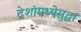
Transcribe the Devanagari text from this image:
देशांमध्येसुद्धा